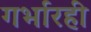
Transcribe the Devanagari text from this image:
गर्भारही